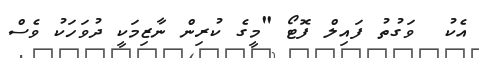
އެކު  ވަގުތު ފައިލް ފޮޓޯ "މީގެ ކުރިން ނާޒިމަކީ ދުވަހަކު ވެސް